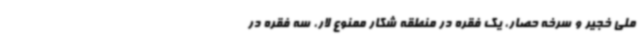
ملی خجیر و سرخه حصار، یک فقره در منطقه شکار ممنوع لار، سه فقره در